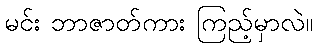
မင်း ဘာဇာတ်ကား ကြည့်မှာလဲ။